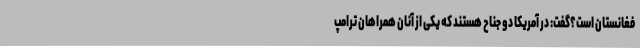
فغانستان است؟گفت: در آمریکا دو جناح هستند که یکی از آنان همراهان ترامپ